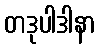
တဒုပါဒါနာ